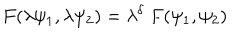
LaTeX: F ( \lambda \psi _ { 1 } , \lambda \psi _ { 2 } ) = \lambda ^ { \delta } ~ F ( \psi _ { 1 } , \psi _ { 2 } )